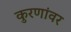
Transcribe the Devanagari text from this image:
कुरणांवर